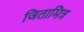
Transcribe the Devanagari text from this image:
जितामित्र